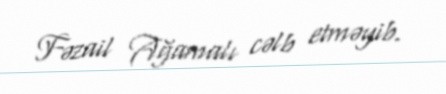
Fəzail Ağamalı cəlb etməyib.